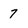
Character: 7